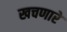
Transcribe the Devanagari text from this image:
खचणारे